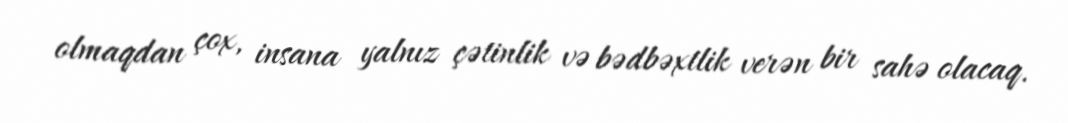
olmaqdan çox, insana yalnız çətinlik və bədbəxtlik verən bir sahə olacaq.